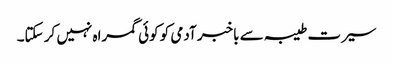
سیرت طیبہ سے باخبر آدمی کو کوئی گمراہ نہیں کر سکتا۔